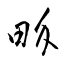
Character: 畍